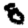
Digit: 8